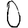
Digit: 0